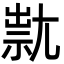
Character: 㞊